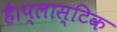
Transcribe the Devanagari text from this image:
है।प्लास्टिक